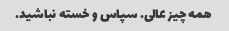
همه چیز عالی. سپاس و خسته نباشید.